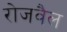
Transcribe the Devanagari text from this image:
रोजवैल